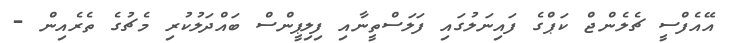
އޭއެފްސީ ޗެލެންޖް ކަޕްގެ ފައިނަލުގައި ފަލަސްތީނާއި ފިލިޕީންސް ބައްދަލުކުރި މެޗުގެ ތެރެއިން -